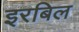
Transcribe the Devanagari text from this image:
इरबिल